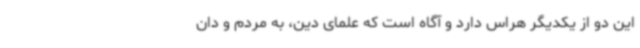
این دو از یکدیگر هراس دارد و آگاه است که علمای دین، به مردم و دان